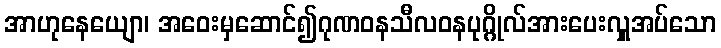
အာဟုနေယျော၊ အဝေးမှဆောင်၍ဂုဏဝနသီလဝနပုဂ္ဂိုလ်အားပေးလှူအပ်သော